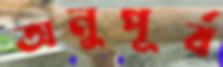
অনুপূর্ব